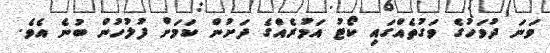
ވަނަ ދުވަހުގެ ވަގުތެއްގައި ކޯޓު އަމުރެއްގެ ދަށުން ކަމަށް ފުލުހުން ބުނެ އެވެ.